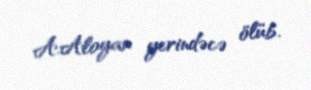
A.Aloyan yerindəcə ölüb.